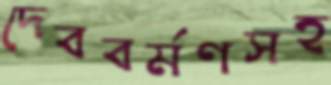
দেববর্মণসহ